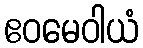
ဧဝမေဝါယံ